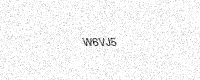
Text: W6VJ5